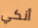
أنكي